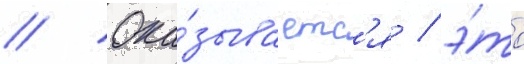
// Ока́зываетс'я / э́то